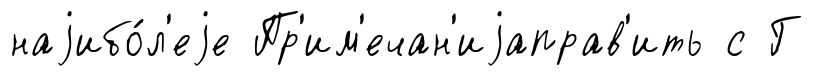
наjибо́л'еjе Пр'им'ечан'иjаправ'ить с Г